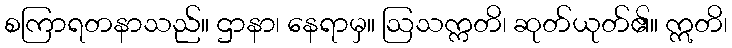
စကြာရတနာသည်။ ဌာနာ၊ နေရာမှ။ ဩသက္ကတိ၊ ဆုတ်ယုတ်၏။ ဣတိ၊